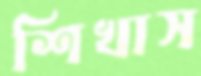
শিখাস